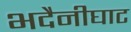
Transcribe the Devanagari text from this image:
भदैनीघाट